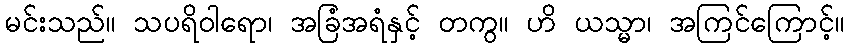
မင်းသည်။ သပရိဝါရော၊ အခြံအရံနှင့် တကွ။ ဟိ ယသ္မာ၊ အကြင်ကြောင့်။